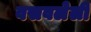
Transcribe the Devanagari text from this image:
वसवलेली